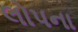
લોપના